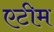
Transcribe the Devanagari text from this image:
एटीम